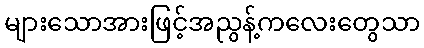
များသောအားဖြင့်အညွန့်ကလေးတွေသာ